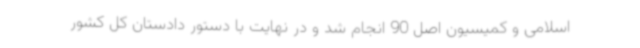
اسلامی و کمیسیون اصل 90 انجام شد و در نهایت با دستور دادستان کل کشور